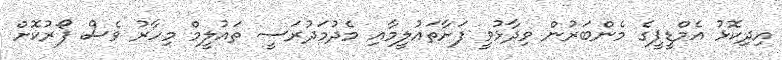
އިދިކޮޅު އެމްޑީޕީގެ މެންބަރުން ވިދާޅުވީ ފަށާތައުލީމާއި މެދުމަދުރަސީ ތައުލީމް މިހާރު ވެސް ފޯރުކޮށް